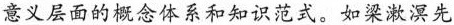
意义层面的概念体系和知识范式。如梁漱溟先